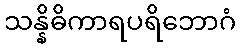
သန္နိဓိကာရပရိဘောဂံ